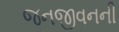
જનજીવનની